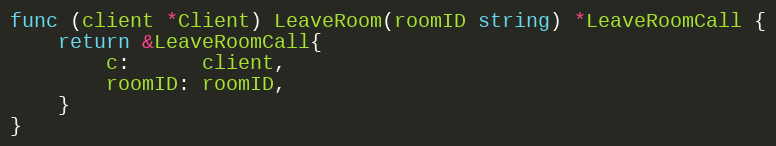
Language: Go
func (client *Client) LeaveRoom(roomID string) *LeaveRoomCall {
	return &LeaveRoomCall{
		c:      client,
		roomID: roomID,
	}
}